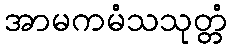
အာမကမံသသုတ္တံ